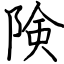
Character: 険